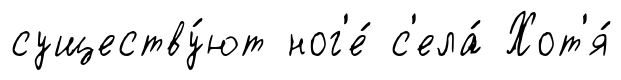
существу́ют ног'е́ с'ела́ Хот'я́